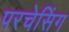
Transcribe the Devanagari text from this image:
परचेसिंग